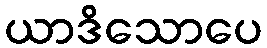
ယာဒိသောပေ